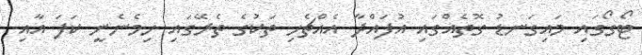
ޓޯގޯގައި މައިގަނޑު ގޮތެއްގައި އުފައްދާ އެއްޗެހި ތަކުގެ ތެރޭގައި ހިމެނެނީ ކަފަ އާއި